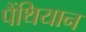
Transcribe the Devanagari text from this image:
पैंथियान